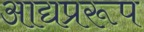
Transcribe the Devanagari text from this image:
आद्यप्ररूप